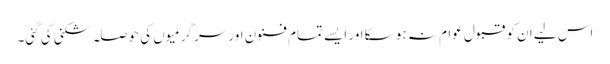
اس لیے ان کو قبول عوام نہ ہو سکا اور ایسے تمام فنون اور سرگرمیوں کی حوصلہ شکنی کی گئی۔